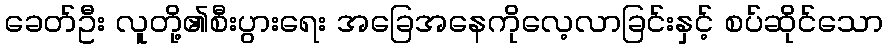
ခေတ်ဦး လူတို့၏စီးပွားရေး အခြေအနေကိုလေ့လာခြင်းနှင့် စပ်ဆိုင်သော